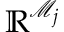
\mathbb { R } ^ { \mathcal { M } _ { j } }